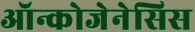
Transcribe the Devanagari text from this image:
ऑन्कोजेनेसिस